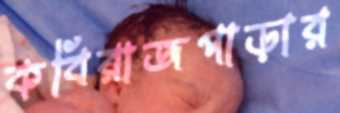
কবিরাজপাড়ার